Lunatic asylums Burma 1907-21 - 1907-1921
Year: 1907
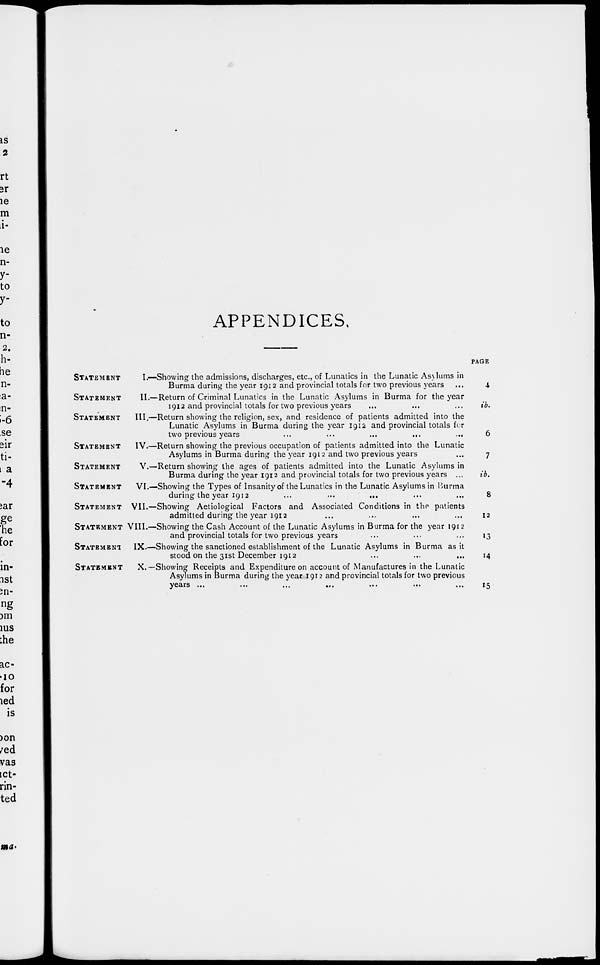
APPENDICES.
STATEMENT
I.—Showing the admissions, discharges, etc., of Lunatics in the Lunatic Asylums in
Burma during the year 1912 and provincial totals for two previous years ...
STATEMENT
II.— Return of Criminal Lunatics in the Lunatic Asylums in Burma for the year
1912 and provincial totals for two previous years
STATEMENT
III.—Return showing the religion, sex, and residence of patients admitted into the
Lunatic Asylums in Burma during the year 1912 and provincial totals for
two previous years
...
...
...
...
STATEMENT
IV.—Return showing the previous occupation of patients admitted into the Lunatic
Asylums in Burma during the year 1912 and two previous years
STATEMENT
V.—Return showing the ages of patients admitted into the Lunatic Asylums in
Burma during the year 1912 and provincial totals for two previous years ...
STATEMENT
VI.—Showing the Types of Insanity of the Lunatics in the Lunatic Asylums in Burma
during the year 1912
...
...
...
STATEMENT VII.—Showing Aetiological Factors and Associated Conditions in the patients
admitted during the year 1912 ... ... ...
STATEMENT VIII.—Showing the Cash Account of the Lunatic Asylums in Burma for the year 1912
and provincial totals for two previous years ... ... ...
STATEMENT IX.—Showing the sanctioned establishment of the Lunatic Asylums in Burma as it
stood on the 31st December 1912
STATEMENT
X.—Showing Receipts and Expenditure on account of Manufactures in the Lunatic
Asylums in Burma during the year 1912 and provincial totals for two previous
years ...
...
...
...
PAGE
4
ib.
6
7
ib.
8
12
13
14
15